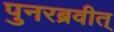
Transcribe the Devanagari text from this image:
पुनरब्रवीत्